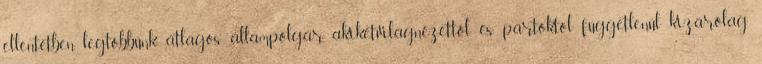
ellentétben legtöbbünk átlagos állampolgár, akiketvilágnézettől és pártoktól függetlenül kizárólag